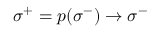
\: \sigma ^ { + } = p ( \sigma ^ { - } ) \rightarrow \sigma ^ { - } \: